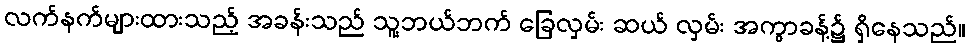
လက်နက်များထားသည့် အခန်းသည် သူ့ဘယ်ဘက် ခြေလှမ်း ဆယ် လှမ်း အကွာခန့်၌ ရှိနေသည်။